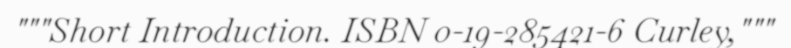
"""Short Introduction. ISBN 0-19-285421-6 Curley,"""